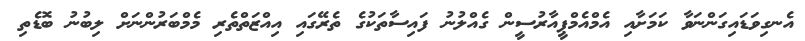
އެނގިވަޑައިގަންނަވާ ކަމަށާއި އެމްއެމްޕީއާރުސީން ގެއްލުނު ފައިސާތަކުގެ ތެރޭގައި އިއްޒަތްތެރި މެމްބަރުންނަށް ލިބުނު ބޮޑެތި